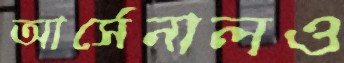
আর্সেনালও